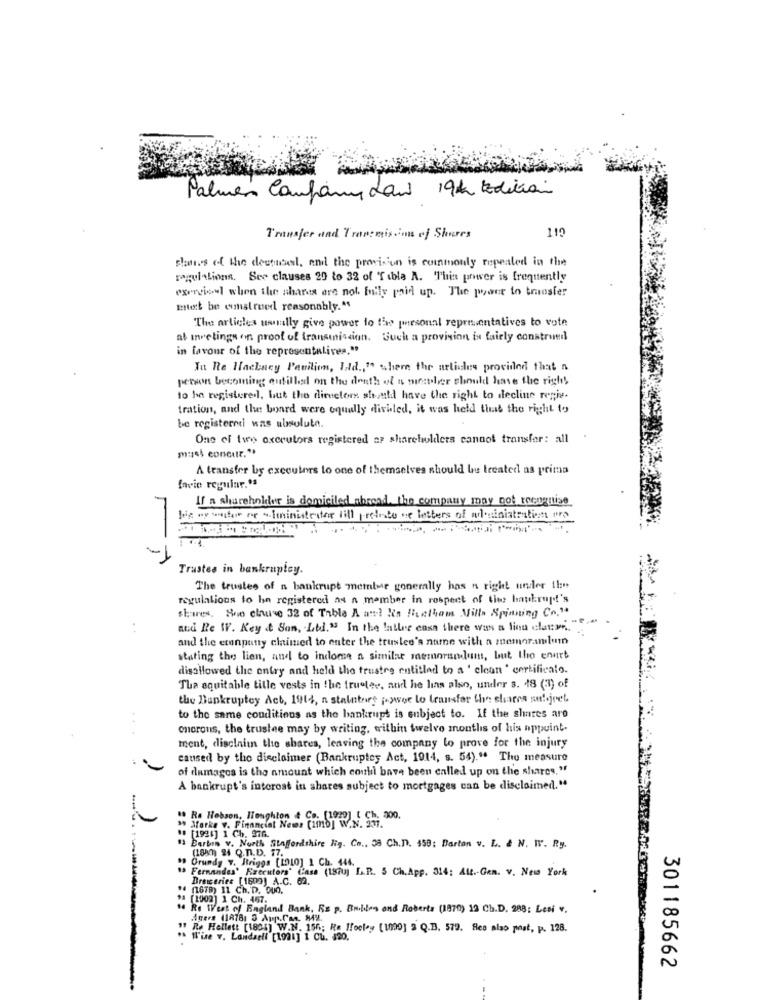
Palmer Conformidad 19th Edition
119
Transfer and Transmission of Shares
planes of the destubesl, and the provision is commonly repealed in the
mogulAlions. See clauses 20 to 32 of Tibla A. This power is frequently
exercice when the shares are not fully paid up. The power to transfer
met be construed reasonably."
The articles usually give power to the personal representatives to vote
at anvetings on proof of transmission. Such a provision is fairly construed
in favour of the representatives."
Iu Re Hackney Pavilion, Ild ., " where the articles provided that a
person becoming antilled on the death of a mester should have the right
to be registered, but the director should have the right to decline regis.
tration, and the board were equally divided, it was held that the right to
be registered was absolute.
One of two oxcrutors registered ar shareholders cannot transfer: all
A transfer by executors lo one of themselves should be treated as prima
favio reguiar."
If a shareholder is domiciled sbread, the company may not reengrise
his my wife' or " iministrator till pretesto ce letters of a sinistrations arg
Trustes in bankruptcy.
The trustes of a bankrupt member gonerally has n right under the
regulations to hn registered as a member in respect of thee baukrup!'s
shares, She clause 32 of Table A ant! ! is Hetham Milla Spinning Co."
nud Re W. Key & Son, . Ltd." In the latles casa there was a lion elatmn ..
and the eranputty claimed to enter the trustee's nurne with a memorandum
stating the lien, and to indome a similar memorandum, but the enurt
disallowed the entry and held the trustre entitled to a ' clean ' certificalo.
Tha equitable tille vests in the frugter, and he lias also, under s. 18 (33) of
the Bankruptcy Act, 1914, a stalabort power to transfer the shares autoject.
to the same conditions as the bankrups is subject to. If the shares are
oncrons, the trustee may by writing, within twelve months of his appoint-
ment, disclaim the shares, leaving the company to prove for the injury
caused by tho disclaimer (Bankruptcy Act, 1914, s. 54)." The measure
of damages is the amount which couli bave been called up on the shares."
A bankrupt's interest in shares subject to mortgages can be disclaimed."
19 Re Hobson. Houghton & Co. (1920] [ Ch. 300.
> Xfarke v. Financial News (imho] W.N. 2
** [1926] 1 Ch. 276.
(1880) 24 Q.n.D. 17.
Bartin v. North Staffordshire Ny. Co .. 38 Ch.D. 459: Barton v. L. & N. W. Ry.
Orundy 7. Briggs [1910] 1 Ch. 444.
mandes' Raceuters' Casa (187] L.R. 5 Ch. App. 314: Att .- Gen. v. New York
Dreiceries [1609] A.C. 62.
(1678) 11 Ch.D. QUO.
(1002] 1 Ch. 457.
Re West of England Bank, Rs p. Emilien and Roberts (1870) 13 Ch.D. 288: Lesi v.
Agers (18781 5 App.Com. MX.
Re Hellett [1825] W.N. 156; Re Hockey [1000] 3 Q.B. 579. Heo also post, p. 128.
Wire v. Landsell [1991] 1 CU. $20,
301185662